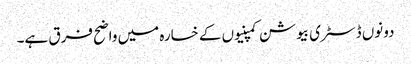
دونوں ڈسٹری بیوشن کمپنیوں کے خسارہ میں واضح فرق ہے۔